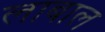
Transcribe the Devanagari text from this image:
लाबाल